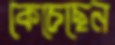
কেচেছেন